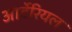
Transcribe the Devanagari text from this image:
आर्टेरियल